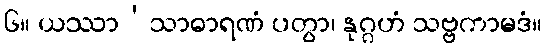
၆။ ယဿာ’သာဓာရဏံ ပတွာ၊ နုဂ္ဂဟံ သဗ္ဗကာမဒံ။